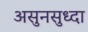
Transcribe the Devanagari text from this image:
असुनसुध्दा